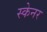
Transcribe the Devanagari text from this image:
स्‍केनर